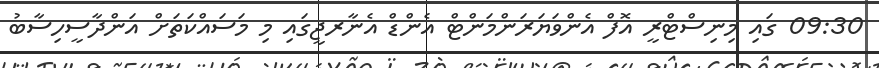
09:30 ގައި މިނިސްޓްރީ އޮފް އެންވަޔަރަންމަންޓް އެންޑް އެނާރޖީގައި މި މަސައްކަތަށް އަންދާސީހިސާބު